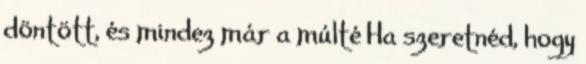
döntött, és mindez már a múlté Ha szeretnéd, hogy